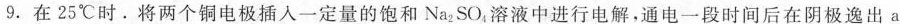
9.在25℃时。将两个铜电极插入一定量的饱和Na_{2}SO_{4}溶液中进行电解，通电一段时间后在阴极逸出a